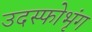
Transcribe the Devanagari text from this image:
उदस्फोभृंग